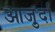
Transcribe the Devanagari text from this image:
आजु़र्दा